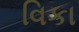
વિકા